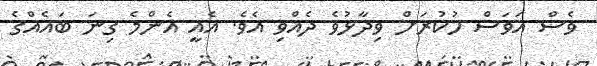
ވެސް އަވަސް ހުކުރަށް ވިދާޅުވެ ދެއްވި އެވެ. އެއީ އެންމެ ގިނަ ބައެއްގެ